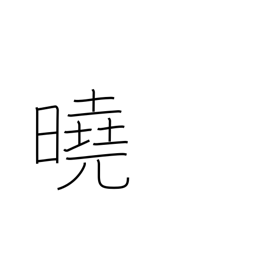
Meaning: explicit